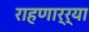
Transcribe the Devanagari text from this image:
राहणार्र्या